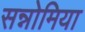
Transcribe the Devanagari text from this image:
सन्नोमिया